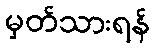
မှတ်သားရန်